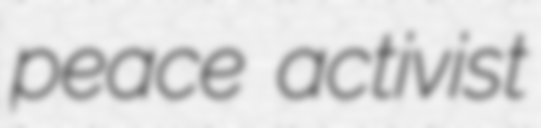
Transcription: peace activist